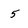
Character: 5